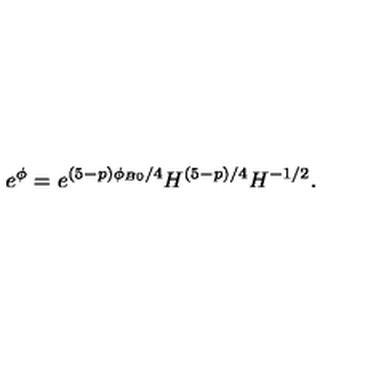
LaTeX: e ^ { \phi } = e ^ { ( 5 - p ) \phi _ { B 0 } / 4 } H ^ { ( 5 - p ) / 4 } H ^ { - 1 / 2 } .